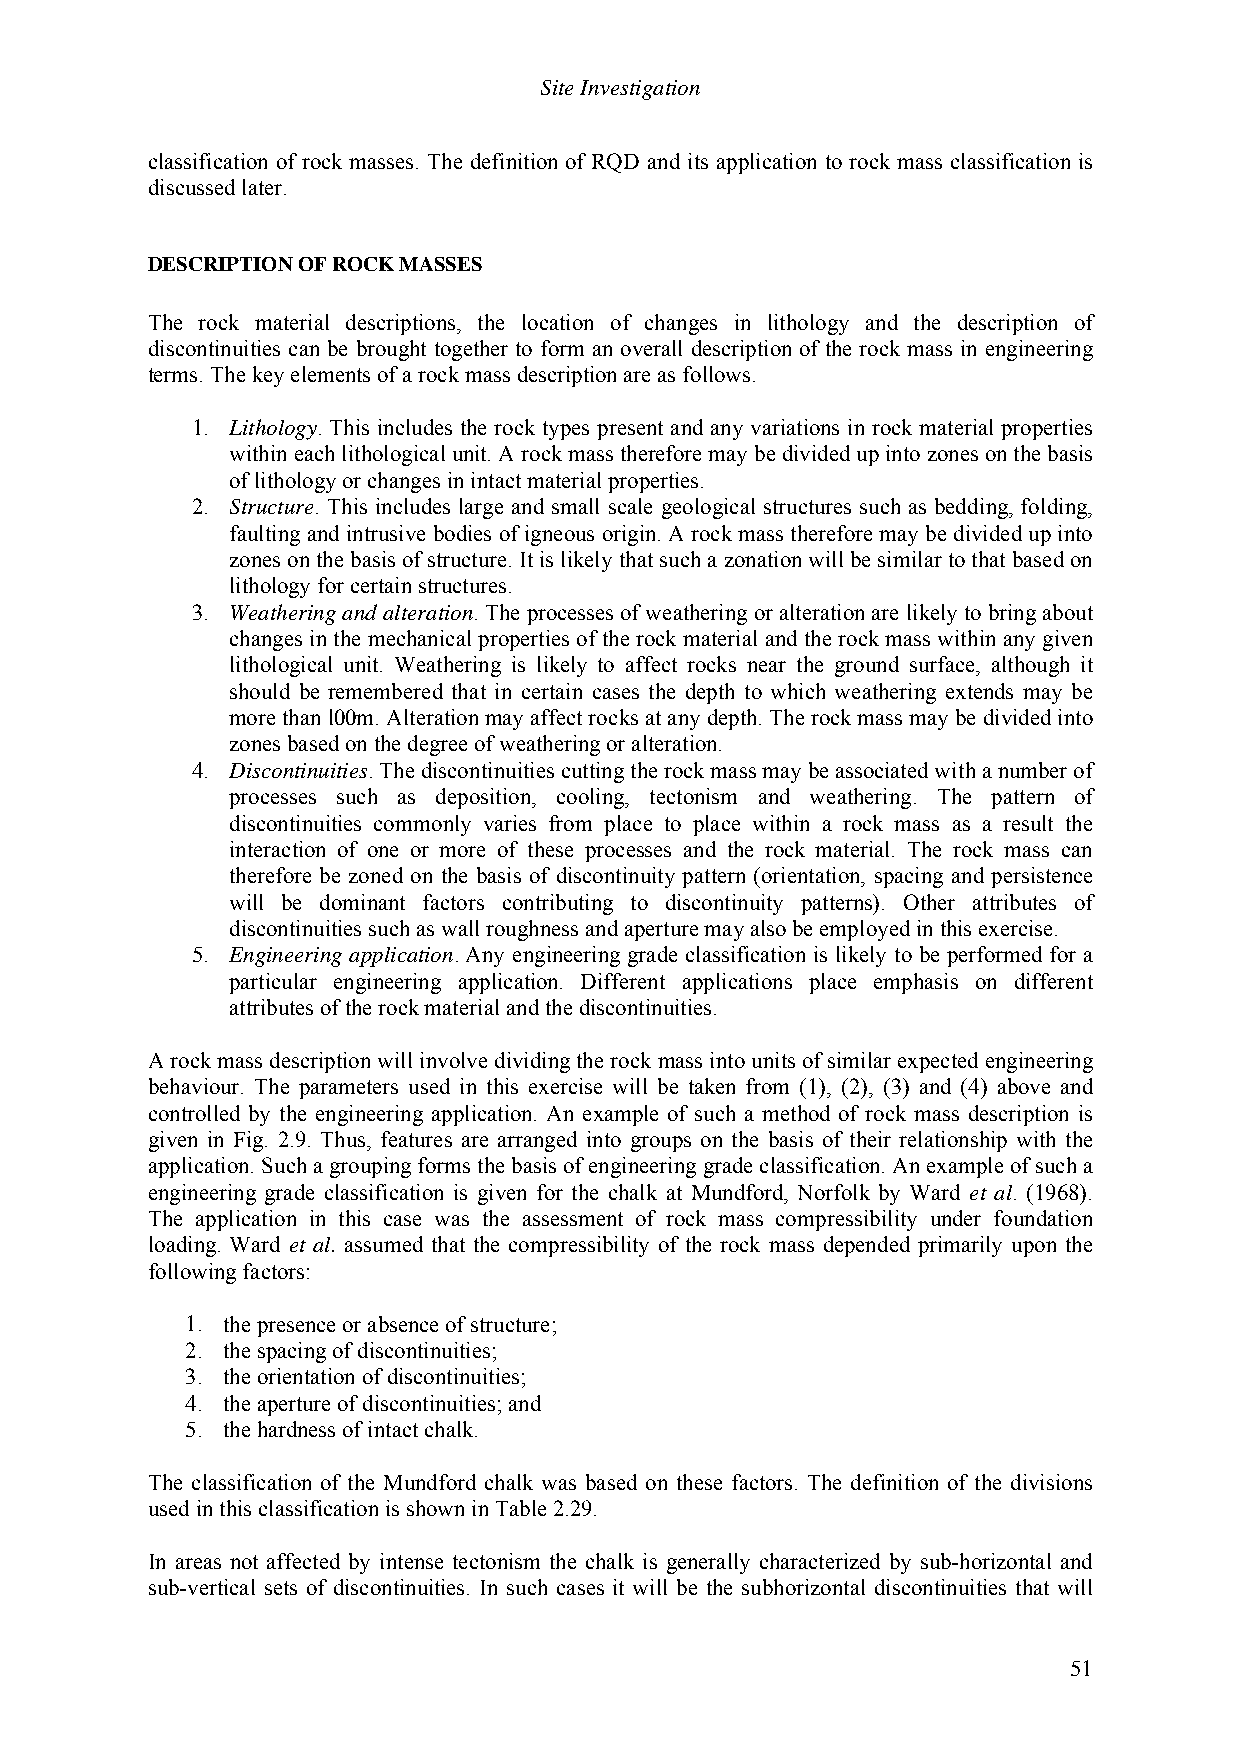
Site Investigation
 classification of rock masses. The definition of RQD and its application to rock mass classification is
 discussed later.
 DESCRIPTION OF ROCK MASSES
 The rock material descriptions, the location of changes in lithology and the description of
 discontinuities can be brought together to form an overall description of the rock mass in engineering
 terms. The key elements of a rock mass description are as follows.
 1. Lithology. This includes the rock types present and any variations in rock material properties
 within each lithological unit. A rock mass therefore may be divided up into zones on the basis
 of lithology or changes in intact material properties.
 2. Structure. This includes large and small scale geological structures such as bedding, folding,
 faulting and intrusive bodies of igneous origin. A rock mass therefore may be divided up into
 zones on the basis of structure. It is likely that such a zonation will be similar to that based on
 lithology for certain structures.
 3. Weathering and alteration. The processes of weathering or alteration are likely to bring about
 changes in the mechanical properties of the rock material and the rock mass within any given
 lithological unit. Weathering is likely to affect rocks near the ground surface, although it
 should be remembered that in certain cases the depth to which weathering extends may be
 more than l00m. Alteration may affect rocks at any depth. The rock mass may be divided into
 zones based on the degree of weathering or alteration.
 4. Discontinuities. The discontinuities cutting the rock mass may be associated with a number of
 processes such as deposition, cooling, tectonism and weathering. The pattern of
 discontinuities commonly varies from place to place within a rock mass as a result the
 interaction of one or more of these processes and the rock material. The rock mass can
 therefore be zoned on the basis of discontinuity pattern (orientation, spacing and persistence
 will be dominant factors contributing to discontinuity patterns). Other attributes of
 discontinuities such as wall roughness and aperture may also be employed in this exercise.
 5. Engineering application. Any engineering grade classification is likely to be performed for a
 particular engineering application. Different applications place emphasis on different
 attributes of the rock material and the discontinuities.
 A rock mass description will involve dividing the rock mass into units of similar expected engineering
 behaviour. The parameters used in this exercise will be taken from (1), (2), (3) and (4) above and
 controlled by the engineering application. An example of such a method of rock mass description is
 given in Fig. 2.9. Thus, features are arranged into groups on the basis of their relationship with the
 application. Such a grouping forms the basis of engineering grade classification. An example of such a
 engineering grade classification is given for the chalk at Mundford, Norfolk by Ward et al. (1968).
 The application in this case was the assessment of rock mass compressibility under foundation
 loading. Ward et al. assumed that the compressibility of the rock mass depended primarily upon the
 following factors:
 1. the presence or absence of structure;
 2. the spacing of discontinuities;
 3. the orientation of discontinuities;
 4. the aperture of discontinuities; and
 5. the hardness of intact chalk.
 The classification of the Mundford chalk was based on these factors. The definition of the divisions
 used in this classification is shown in Table 2.29.
 In areas not affected by intense tectonism the chalk is generally characterized by sub-horizontal and
 sub-vertical sets of discontinuities. In such cases it will be the subhorizontal discontinuities that will
 51